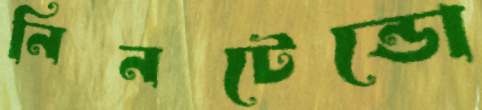
নিনটেন্ডো